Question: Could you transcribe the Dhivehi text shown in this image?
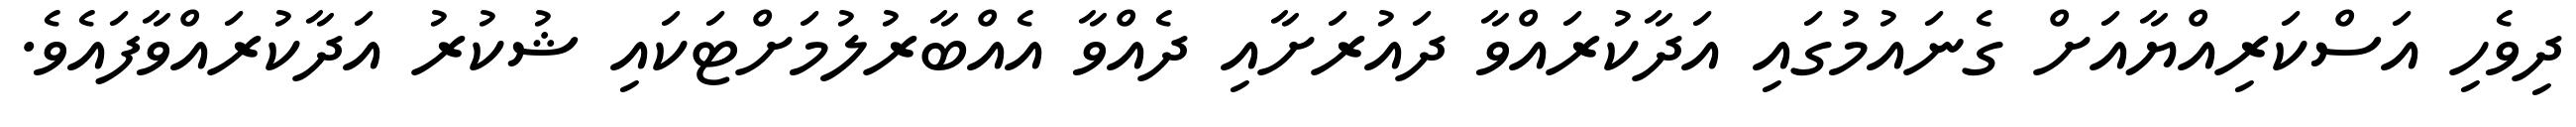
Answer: ދިވެހި އަސްކަރިއްޔާއަށް ގެނައުމުގައި އަދާކުރައްވާ ދައުރަށާއި ދެއްވާ އެއްބާރުލުމަށްޓަކައި ޝުކުރު އަދާކުރައްވާފައެވެ.